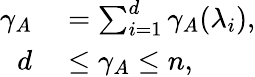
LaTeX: \begin{array}{rl}{\gamma_{A}}&{{}=\sum_{i=1}^{d}\gamma_{A}(\lambda_{i}),}\\ {d}&{{}\leq\gamma_{A}\leq n,}\end{array}